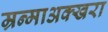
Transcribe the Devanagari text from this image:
म्रन्माअक्खरा